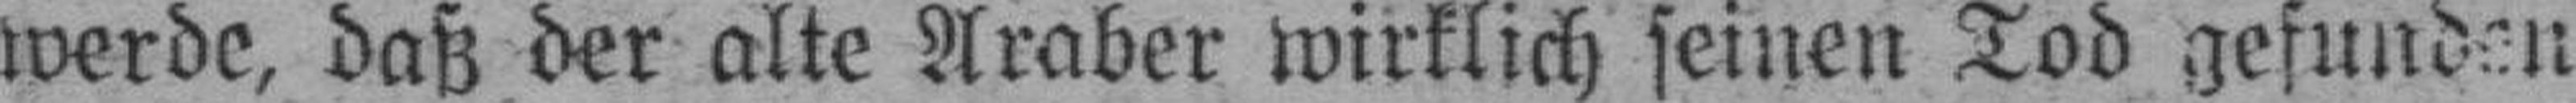
werde, daß der alte Araber wirklich seinen Tod gefunden